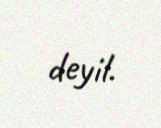
deyil.